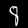
Digit: 8